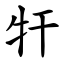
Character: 㸩